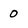
Character: 0